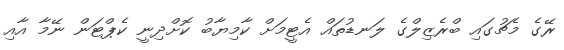
ރޭގެ މެޗުގައި ބްރެޒިލްގެ ލަނޑުތައް އެޓީމަށް ކާމިޔާބު ކޮށްދިނީ ކެޕްޓަން ނޭމާ އާއި